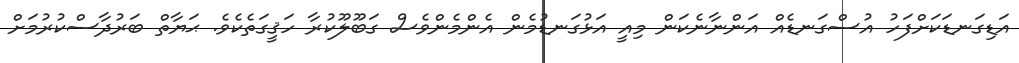
އަޑިގަނޑަކަށްފަހު އުސްގަނޑެއް އަންނާނެކަން މިއީ އަޅުގަނޑުމެން އެންމެންވެސް ގަބޫލޫކުރާ ހަޤީގަތެކެވެ. ޙަޔާތް ބަރުދާސްކުރުމަށް